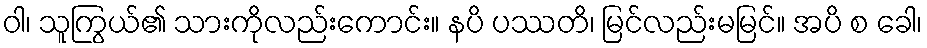
ဝါ၊ သူကြွယ်၏ သားကိုလည်းကောင်း။ နပိ ပဿတိ၊ မြင်လည်းမမြင်။ အပိ စ ခေါ၊